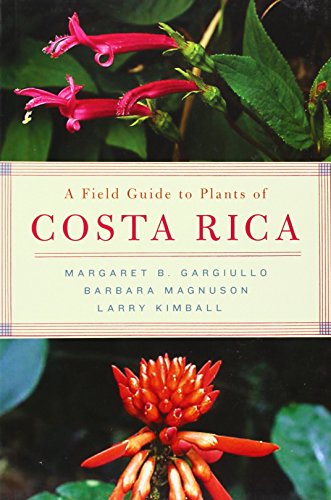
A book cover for A Field Guide to Plants of Costa Rica; Margaret Gargiullo; Science & Math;